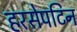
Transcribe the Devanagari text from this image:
हरसेपटिन